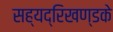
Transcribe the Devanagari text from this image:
सह्यद्रिखण्डके